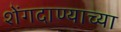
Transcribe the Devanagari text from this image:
शेंगदाण्याच्या